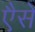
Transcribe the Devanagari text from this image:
एैसे